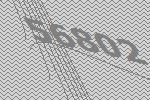
56802